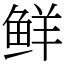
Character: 鲜